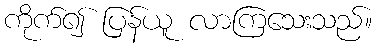
ကိုက်၍ ပြန်ယူ လာကြသေးသည်။